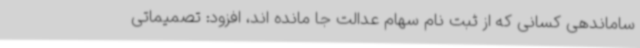
ساماندهی کسانی که از ثبت نام سهام عدالت جا مانده اند، افزود: تصمیماتی